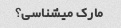
مارک میشناسی؟